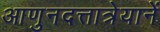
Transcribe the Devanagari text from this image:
आणुनदत्तात्रेयानें